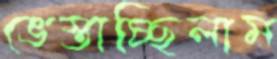
ভেস্তাচ্ছিলাম